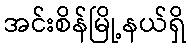
အင်းစိန်မြို့နယ်ရှိ